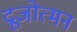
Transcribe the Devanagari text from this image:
द्रूजोत्मन